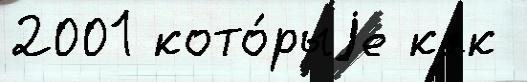
2001 кото́рыjе как